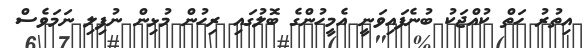
އިތުރު ހަތް ކުއްޖަކު ބުނެފައިވަނީ އެމީހުންގެ ބޮލުގައި ރިހުން މުޅިން ނުފިލި ނަމަވެސް